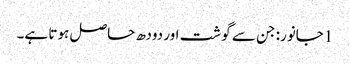
1جانور: جن سے گوشت اور دودھ حاصل ہوتا ہے۔